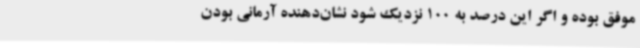
موفق بوده و اگر این درصد به 100 نزدیک شود نشان‌دهنده آرمانی بودن